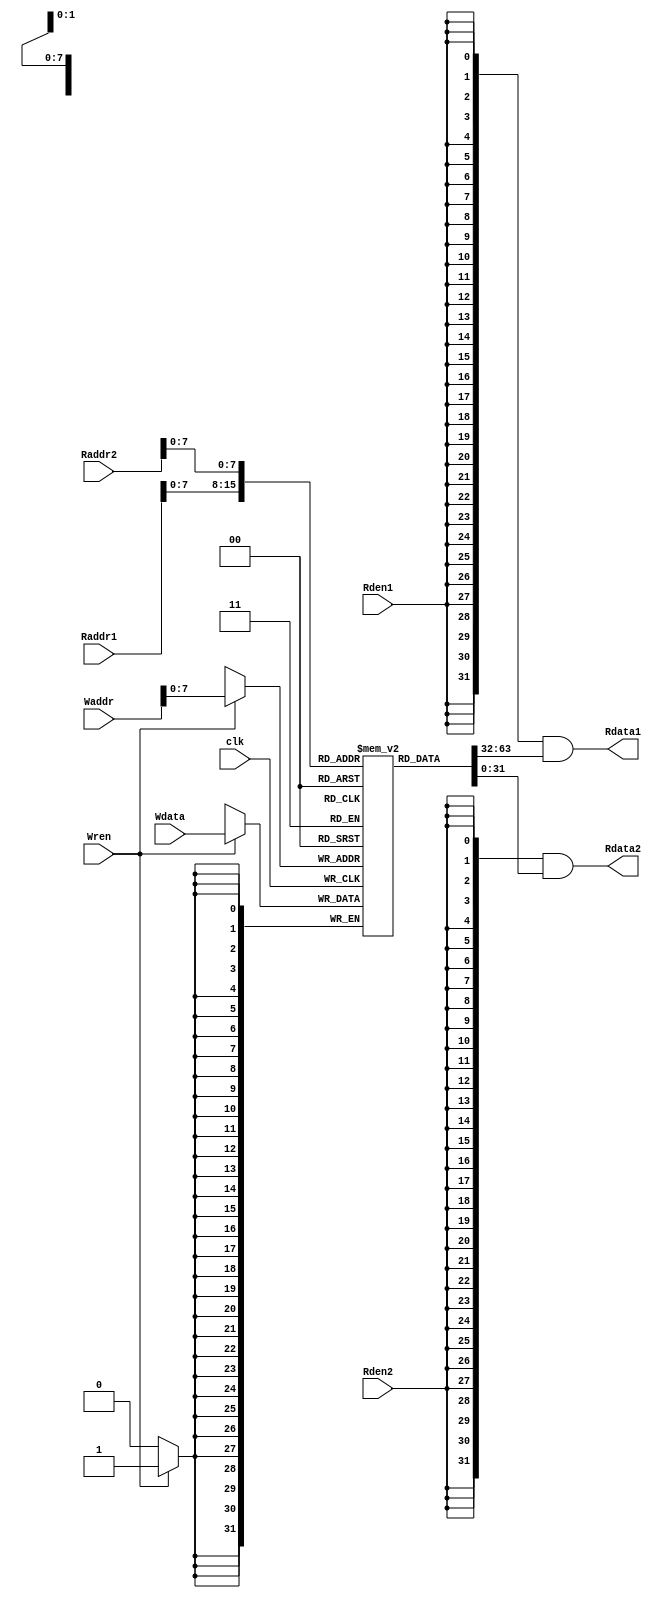
/* =========================================
* Ideal Memory Module for MIPS CPU Core
* Synchronize write (clock enable)
* Asynchronize read (do not use clock signal)
*
* Version: v0.0.1
*===========================================
*/

`timescale 1 ps / 1 ps

module ideal_mem #(
	parameter ADDR_WIDTH = 10,	// 1KB
	parameter MEM_WIDTH = 2 ** (ADDR_WIDTH - 2)
	) (
	input			clk,			//source clock of the MIPS CPU Evaluation Module

	input [ADDR_WIDTH - 1:0]	Waddr,			//Memory write port address
	input [ADDR_WIDTH - 1:0]	Raddr1,			//Read port 1 address
	input [ADDR_WIDTH - 1:0]	Raddr2,			//Read port 2 address

	input			Wren,			//write enable
	input			Rden1,			//port 1 read enable
	input			Rden2,			//port 2 read enable

	input [31:0]	Wdata,			//Memory write data
	output [31:0]	Rdata1,			//Memory read data 1
	output [31:0]	Rdata2			//Memory read data 2
);

reg [31:0]	mem [MEM_WIDTH - 1:0];

`define ADDIU(rt, rs, imm) {6'b001001, rs, rt, imm}
`define LW(rt, base, off) {6'b100011, base, rt, off}
`define SW(rt, base, off) {6'b101011, base, rt, off}
`define BNE(rs, rt, off) {6'b000101, rs, rt, off}
`define ADDU(rs, rt, rd) {6'b000000, rs, rt, rd, 5'b00000, 6'b100001}
`define BEQ(rs, rt, offset) {6'b000100, rs, rt, offset}
`define B(offset) {6'b000100, 5'b00000, 5'b00000, offset}
`define J(instr_index) {6'b000010, instr_index}
`define JAL(instr_index) {6'b000011, instr_index}
`define JR(rs, hint) {6'b000000, rs, 5'b00000, 5'b00000, hint, 6'b001000}
`define LUI(rt, imme) {6'b001111, 5'b00000, rt, imme}
`define OR(rd, rs, rt) {6'b000000, rs, rt, rd, 11'b00000100101} 
`define SLL(rt, rd, ra) {11'b00000000000, rt, rd, ra, 6'b000000}
`define SLT(rd, rs, rt) {6'b000000, rs, rt, rd, 11'b00000101010}
`define SLTI(rs,rt, imme) {6'b001010, rs, rt, imme}
`define SLTIU(rs, rt, imme) {6'b001011, rs, rt, imme}
`ifdef MIPS_CPU_SIM
	//Add memory initialization here
	initial begin
	/*
		// fill memory region [100, 200) with [0, 100)
		mem[0] = `ADDIU(5'd1, 5'd0, 16'd100);
		mem[1] = `ADDIU(5'd2, 5'd0, 16'd0);
		mem[2] = `SW(5'd2, 5'd2, 16'd100);
		mem[3] = `ADDIU(5'd2, 5'd2, 16'd4);
		mem[4] = `BNE(5'd1, 5'd2, 16'hfffd);

		// copy memory region [100, 200) to memory region [200, 300)
		mem[5] = `ADDIU(5'd2, 5'd0, 16'd0);
		mem[6] = `LW(5'd3, 5'd2, 16'd100);
		mem[7] = `SW(5'd3, 5'd2, 16'd200);
		mem[8] = `ADDIU(5'd2, 5'd2, 16'd4);
		mem[9] = `BNE(5'd1, 5'd2, 16'hfffc);

		mem[10] = `BNE(5'd1, 5'd0, 16'hffff);
		*/
		
		// Origin
		/*
		mem[0] = `ADDIU(5'd1, 5'd0, 16'd12);
        mem[1] = `ADDIU(5'd2, 5'd0, 16'b0);
	    mem[2] = `ADDU(5'd1, 5'd2, 5'd3);
	    mem[3] = `BEQ(5'd1, 5'd1, 16'd9);
	    //mem[4] = `B(16'b1111111111111011);
	    //mem[5] = `J(26'd3);
	    //mem[6] = `JAL(26'd3);
	    //mem[7] = `JR(5'd1, 5'b00000);
	    //mem[8] = `LUI(5'd4, 16'd1);
	    //mem[9] = `OR(5'd5, 5'd1, 5'd2);
	    //mem[10] = `SLL(5'd1, 5'd6, 5'd2);
	    //mem[11] = `SLT(5'd7, 5'd2, 5'd1);
	    //mem[12] = `SLTI(5'd2, 5'd8, 16'd1);
	    mem[13] = `SLTIU(5'd2, 5'd9, 16'd1);
	    
	    */
	    //Singel Debug
	    
	    `include "C:/Users/My-PC/Desktop/project3_on_board_flow_student/ready_for_test/sim/pascal.vh"
	end
	always@(posedge clk) begin
	         if(mem[3] == 32'b0) begin
	                      $display("pass");
	                      $finish;
	         end         
	         else if(mem[3] == 32'b1) begin
	                      $display("fail");
	                      $finish;         
	         end     
     end
`endif

always @ (posedge clk)
begin
	if (Wren)
		mem[Waddr] <= Wdata;
end

assign Rdata1 = {32{Rden1}} & mem[Raddr1];
assign Rdata2 = {32{Rden2}} & mem[Raddr2];

endmodule